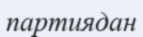
партиядан